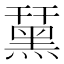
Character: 䵤